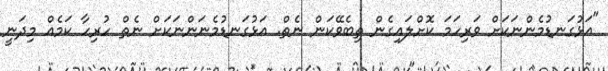
"އަޅުގަނޑުމެންނަކަށް ވަރިހަމަ ކޮށްލައިގެން ތިބެވޭކަން ނެތް. އަޅުގަނޑުމެނަންނަކަށް ނެތް ހުރިހާ ކަމެއް މިދަނީ